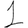
Digit: 1